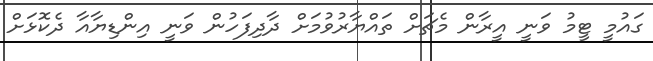
ގައުމީ ޓީމު ވަނީ އީރާން މެޗަށް ތައްޔާރުވުމަށް ދާދިފަހުން ވަނީ އިންޑިޔާއާ ދެކޮޅަށް